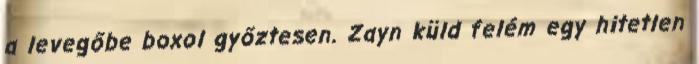
a levegőbe boxol győztesen. Zayn küld felém egy hitetlen